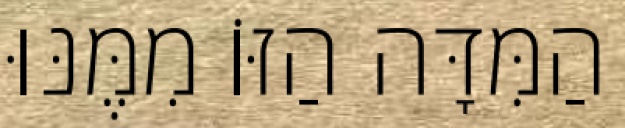
הַמִּדָּה הַזּוֹ מִמֶּנּוּ